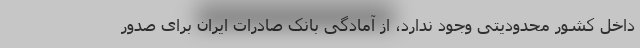
داخل کشور محدودیتی وجود ندارد، از آمادگی بانک صادرات ایران برای صدور